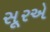
સૂરએ